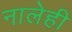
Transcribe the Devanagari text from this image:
नालेही